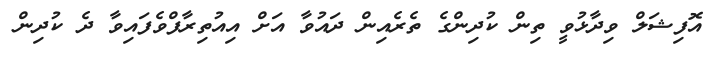
އޮފިޝަލް ވިދާޅުވީ ތިން ކުދިންގެ ތެރެއިން ދައުވާ އަށް އިއުތިރާފްވެފައިވާ ދެ ކުދިން